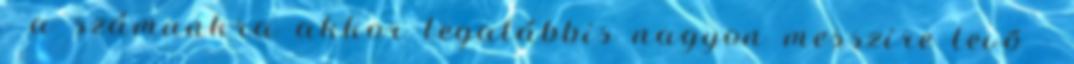
- a számunkra akkor legalábbis nagyon messzire levõ -